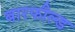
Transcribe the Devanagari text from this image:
बारफील्ड